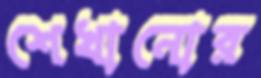
শেখানোর